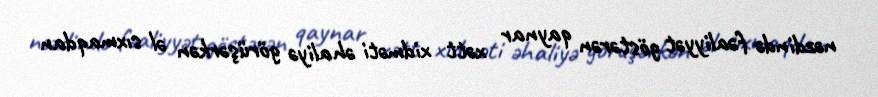
nəzdində fəaliyyət göstərən qaynar xətt xidməti əhaliyə görüşərkən əl sıxmaqdan